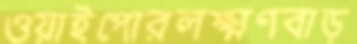
ওয়াইপোরলক্ষ্মণবাড়